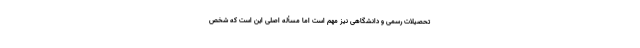
تحصیلات رسمی و دانشگاهی نیز مهم است اما مسأله اصلی این است که شخص